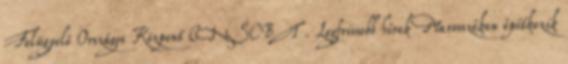
Felügyelő Országos Központ CNSCBT . Legfrissebb hírek Marosszéken építkezik